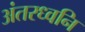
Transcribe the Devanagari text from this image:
अंतरध्वनि